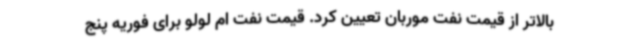
بالاتر از قیمت نفت موربان تعیین کرد. قیمت نفت ام لولو برای فوریه پنج